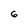
Character: 6